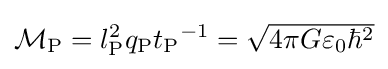
\textstyle {\mathcal {M}}_{\text{P}}={l_{\text{P}}^{2}q_{\text{P}}}{t_{\text{P}}}^{-1}={\sqrt {4\pi G\varepsilon _{0}\hbar ^{2}}}